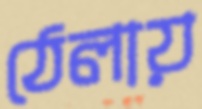
ঠেলায়